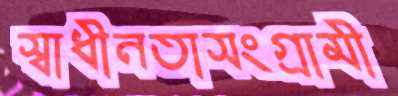
স্বাধীনতাসংগ্রামী